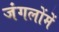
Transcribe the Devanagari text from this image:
जंगलोंमें